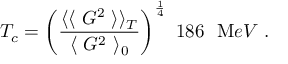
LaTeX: T _ { c } = \left( \frac { \langle \langle ~ G ^ { 2 } ~ \rangle \rangle _ { T } } { \langle ~ G ^ { 2 } ~ \rangle _ { 0 } } \right) ^ { \frac 1 4 } ~ 1 8 6 ~ ~ { \mathrm M e V } ~ .